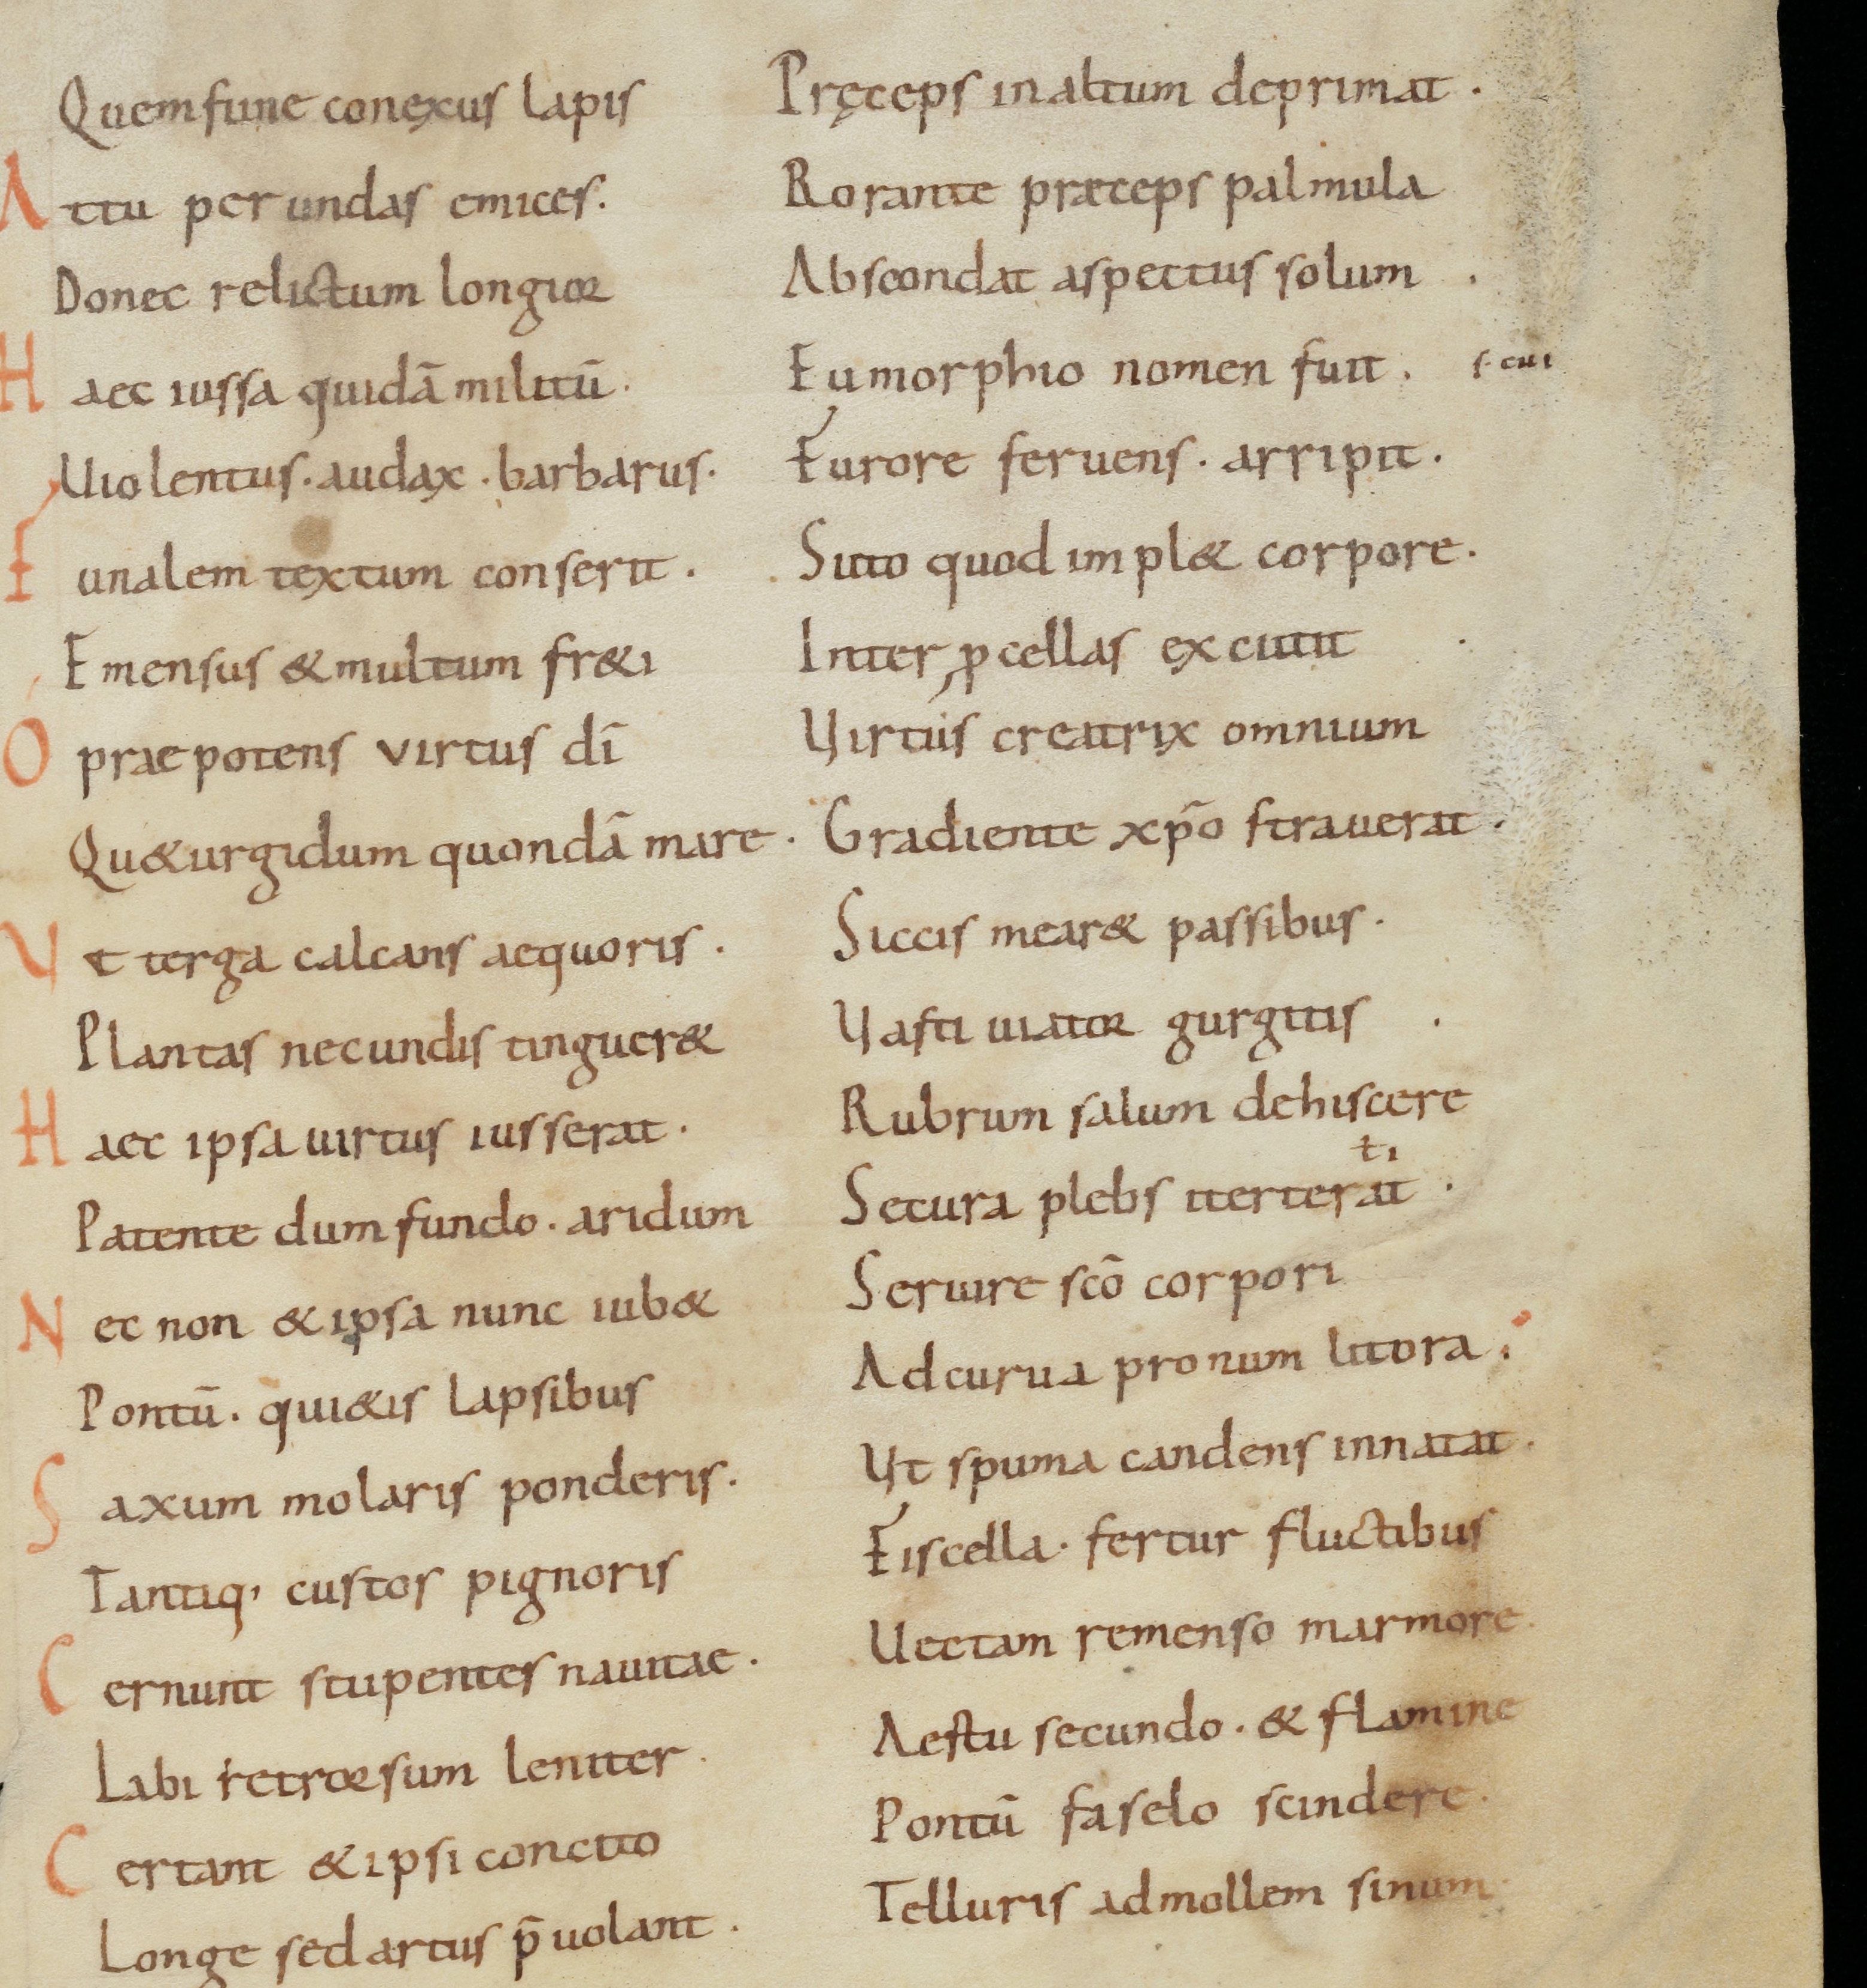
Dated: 900–999